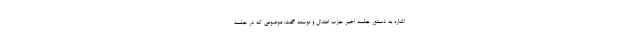
اشاره به دستور جلسه اخیر حزب اعتدال و توسعه گفت: موضوعی که در جلسه